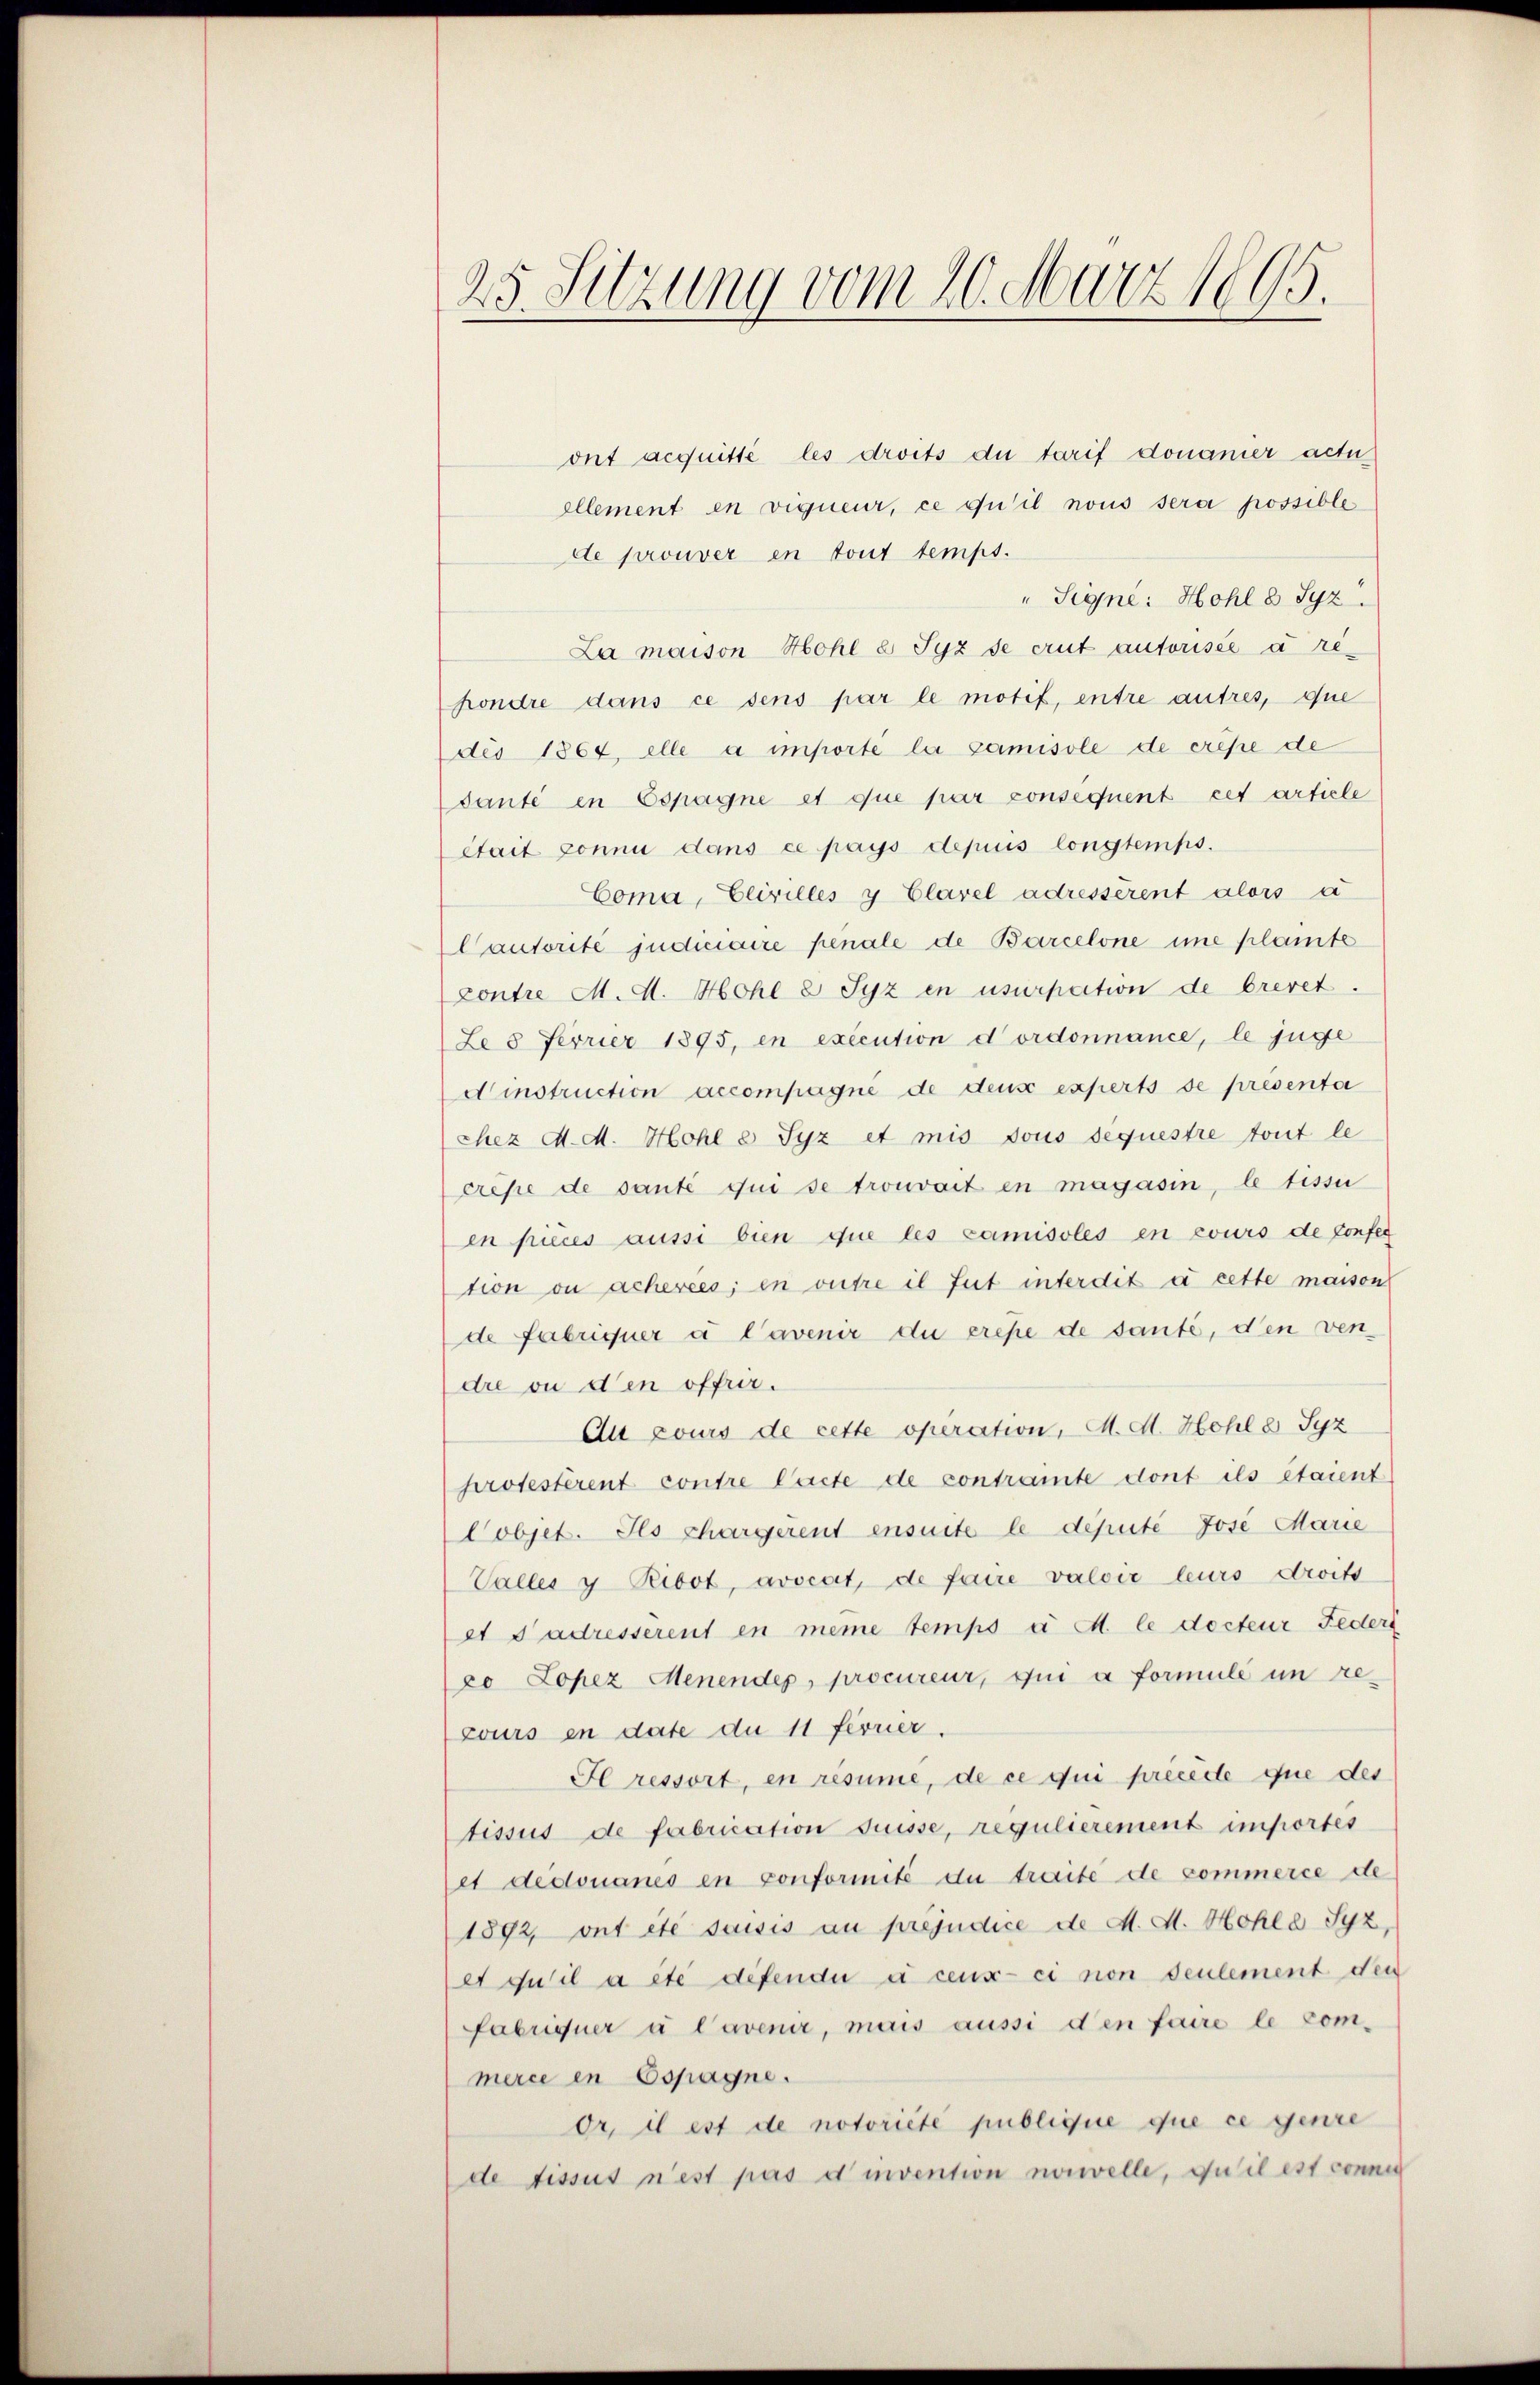
ont acquitté les droits du tarif donauer actu
ellement en vigueur, ce qu’il nous sera possible
de prouver en tout temps.
" Signé: Hohl 8 Syz.
La maison Hohl a Syz se crit autorisée à rehondre dans ce sens par le motif, entre autres, que
dis 1864, elle a importe la camisole de crise de
sante en Espagne et que par consequent cet artiele
Stait connu dans ce pays depuis longtemps.
Coma, Elirilles y Clavel adresserent alors a
Cautorité judiciaire penale de Barcelone une plante
Contre M. M. Hohl u Syz in usurpation de brevet.
Le 8. Ferrier 1895, in execution d ordonnance, le juge
dinstruction accompagne de dens experts se présenta
chez d. M. Hohl 8 Syz et mis sous sequestre tout le
crese de sante qui se trouvait in magasin, le tessi
en pièces aussi bien que les camisolés en cours de confer
tion ou achevées; en outre il fut interdit à cette maison
de Fabriquer à l’avenir die erese de sante, den vendre ou den offrir.
Au cours de cette opération, M. M. Hohl 8 Syz
protestirent contre lacte de contramte dont ils étaient
Cobjet. Ils chargerent ensuite le deputé Jose Marie
Valles y Ribot, avocat, de faire valoir leurs droits
et Sadresserent en meine temps a M. le docteur Feders
xo Lopez Menendep, procureur, qui a formulé un recours en date du 11 ferner.
Il ressort, en résume, de ce qui précéde que des
tissus de fabrication fuisse, regulierement importes
et dedouanes en conformité du traite de commerce de
1892, ont été saisis au préjudice de M. M. Hohle Syz,
et qu’il a été difendu à ceux-ci non seulement den
Fabriquer à l’avenir, mais aussi den faire le commerce in Espagne.
or, il est de notoriété publique que ce genre
de fissus nest pas d invention nouvelle, du il est connu

25. Sitzung vom 20. März 1895.